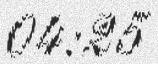
04:25